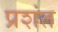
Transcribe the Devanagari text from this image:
प्रशंत